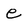
Character: e